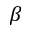
\beta